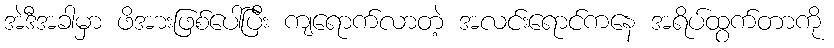
အဲဒီအခါမှာ ဖိအားဖြစ်ပေါ်ပြီး ကျရောက်လာတဲ့ အလင်းရောင်ကနေ အရိပ်ထွက်တာကို